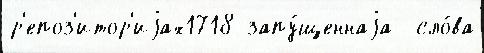
р'епоз'итор'иjах1718 запу́щеннаjа  сло́ва